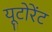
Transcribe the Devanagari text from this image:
यूटोरेंट